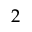
2